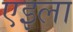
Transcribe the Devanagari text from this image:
एइला